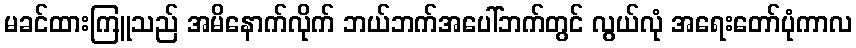
မခင်ထားကြူသည် အမိနောက်လိုက် ဘယ်ဘက်အပေါ်ဘက်တွင် လွယ်လုံ အရေးတော်ပုံကာလ